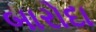
બારોદા